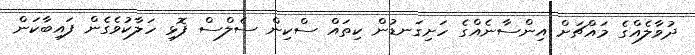
ދުވާލެއްގެ މައްޗަށް އިންސާނެއްގެ ހަށިގަނޑުން ކިތައް ސްކިން ސެލްސް ފޮޅި ހަލާކުވެގެން ފައިބާކަން